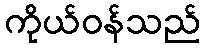
ကိုယ်ဝန်သည်